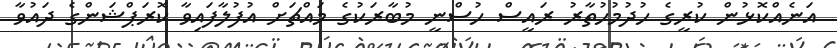
އަނެއްކޮޅުން ކުރީގެ ހުދުމުހުތާރު ރައީސް ހުސްނީ މުބާރަކުގެ މައްޗަށް އުފުލާފައިވާ ކޮރަޕްޝަންގެ ދައުވާ